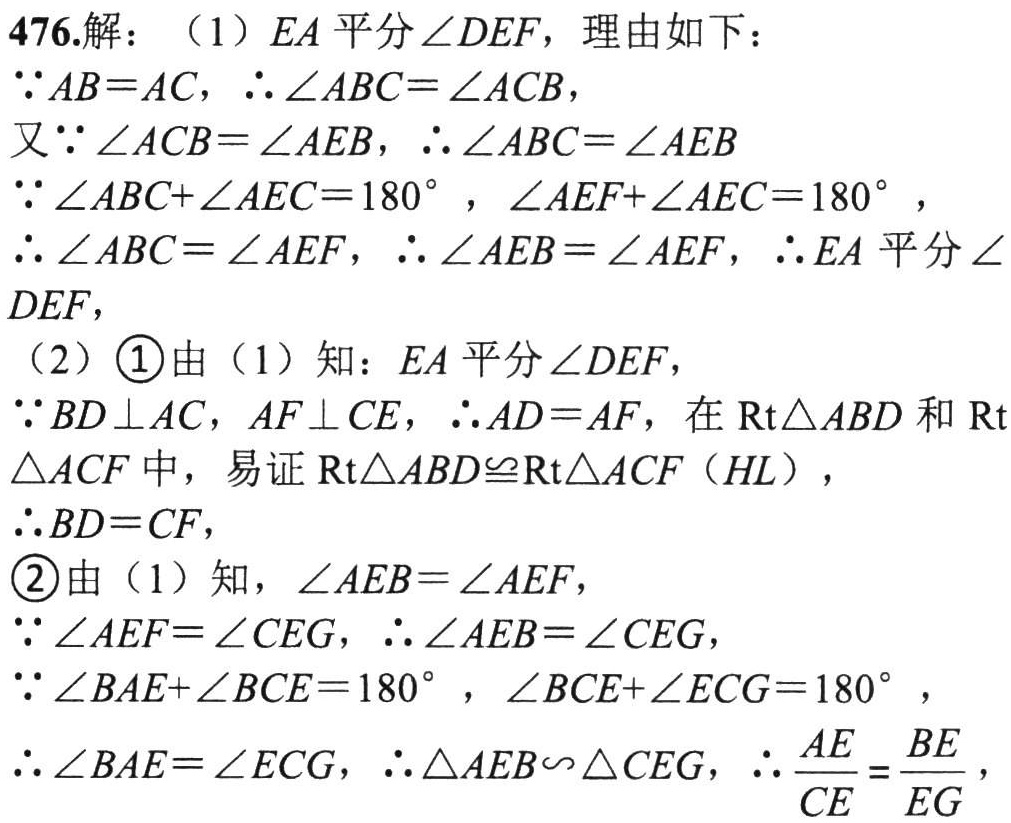
476.解：（1）$EA$平分$\angle DEF$，理由如下：
$\because AB = AC$，$\therefore \angle ABC=\angle ACB$，
又$\because \angle ACB=\angle AEB$，$\therefore \angle ABC=\angle AEB$
$\because \angle ABC+\angle AEC = 180^{\circ}$，$\angle AEF+\angle AEC = 180^{\circ}$，
$\therefore \angle ABC=\angle AEF$，$\therefore \angle AEB=\angle AEF$，$\therefore EA$平分$\angle DEF$，
（2）\textcircled{1}由（1）知：$EA$平分$\angle DEF$，
$\because BD\perp AC$，$AF\perp CE$，$\therefore AD = AF$，在$\text{Rt}\triangle ABD$和$\text{Rt}\triangle ACF$中，易证$\text{Rt}\triangle ABD\cong\text{Rt}\triangle ACF$（$HL$），
$\therefore BD = CF$，
\textcircled{2}由（1）知，$\angle AEB=\angle AEF$，
$\because \angle AEF=\angle CEG$，$\therefore \angle AEB=\angle CEG$，
$\because \angle BAE+\angle BCE = 180^{\circ}$，$\angle BCE+\angle ECG = 180^{\circ}$，
$\therefore \angle BAE=\angle ECG$，$\therefore \triangle AEB\backsim\triangle CEG$，$\therefore \dfrac{AE}{CE}=\dfrac{BE}{EG}$，